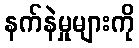
နက်နဲမှုများကို